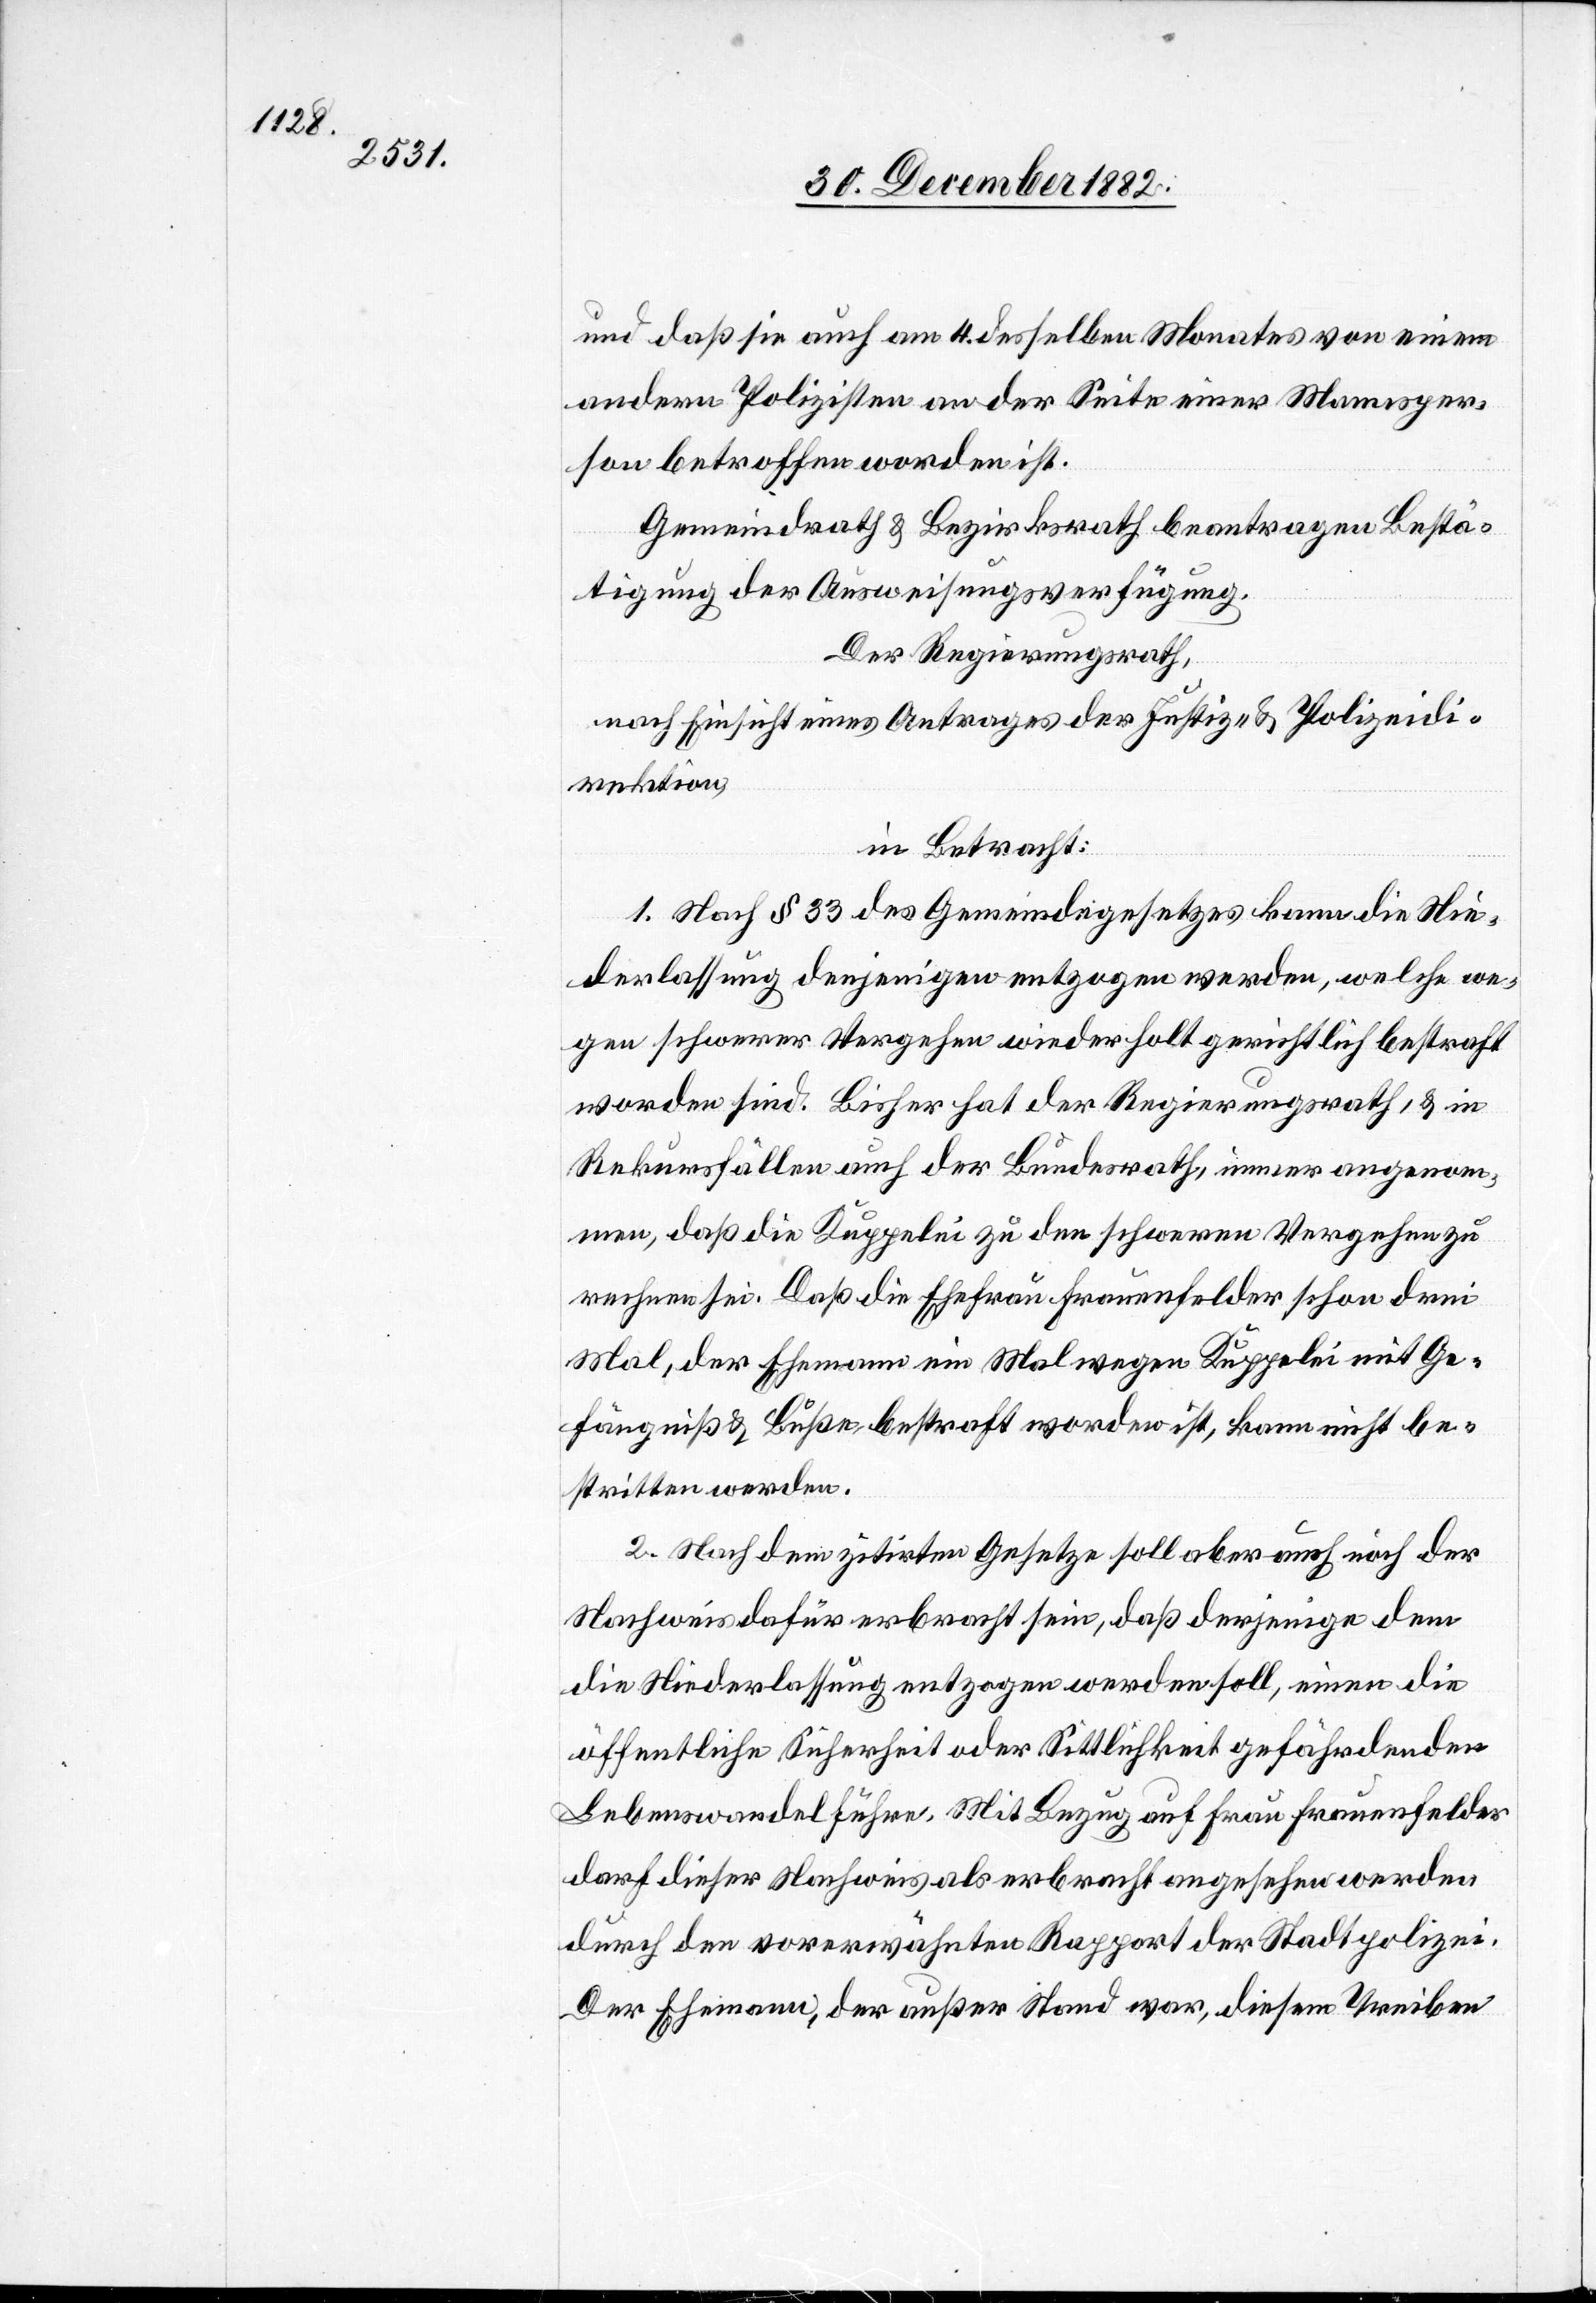
und daß sie auch am 4. desselben Monates von einem
andern Polizisten an der Seite einer Mannsper¬
son betroffen worden ist.
Gemeindrath & Bezirksrath beantragen Bestä¬
tigung der Ausweisungsverfügung.
Der Regierungsrath,
nach Einsicht eines Antrages der Justiz- & Polizeidi¬
rektion,
in Betracht:
1. Nach § 33 des Gemeindegesetzes kann die Nie¬
derlassung denjenigen entzogen werden, welche we¬
gen schwerer Vergehen wiederholt gerichtlich bestraft
worden sind. Bisher hat der Regierungsrath, & in
Rekursfällen auch der Bundesrath, immer angenom¬
men, daß die Kuppelei zu den schweren Vergehen zu
rechnen sei. Daß die Ehefrau Frauenfelder schon drei
Mal, der Ehemann ein Mal wegen Kuppelei mit Ge¬
fängniß & Buße, bestraft worden ist, kann nicht be¬
stritten werden.
2. Nach dem zitirten Gesetze soll aber auch noch der
Nachweis dafür erbracht sein, daß derjenige dem
die Niederlassung entzogen werden soll, einen die
öffentliche Sicherheit oder Sittlichkeit gefährdenden
Lebenswandel führe. Mit Bezug auf Frau Frauenfelder
darf dieser Nachweis als erbracht angesehen werden
durch den vorerwähnten Rapport der Stadtpolizei.
Der Ehemann, der außer Stand war, diesem Treiben